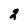
Character: 2